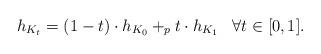
LaTeX: \begin{align*} h_{K_t} = (1-t) \cdot h_{K_0} +_p t \cdot h_{K_1} \;\;\; \forall t \in [0,1].\end{align*}